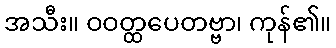
အသီး။ ဝဝတ္ထပေတဗ္ဗာ၊ ကုန်၏။